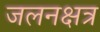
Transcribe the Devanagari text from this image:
जलनक्षत्र